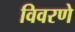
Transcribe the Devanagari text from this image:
विवरणे